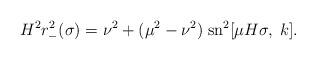
LaTeX: \begin{align*}H^2r_-^2(\sigma)=\nu^2+(\mu^2-\nu^2)\;\mbox{sn}^2[\mu H\sigma,\;k].\end{align*}